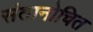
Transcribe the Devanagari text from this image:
संतानोचित